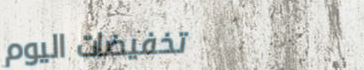
تخفيضات اليوم